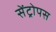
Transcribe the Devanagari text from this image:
सेंट्रोपस